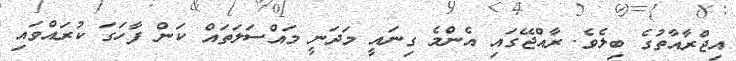
އިޖްރާއާތުގެ ބިލެވެ. ރާއްޖޭގައި އެންމެ ގިނައީ މަދަނީ މައްސަލަތައް ކަން ފާހަގަ ކުރައްވައި